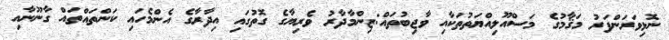
ނޮޅިވަރަންފަރު މަޤާމުގެ މަސްއޫލިއްޔަތުތަކާއި ވާޖިބުތައް:ޒިންމާދާރު ވެރިޔާގެ ގޮތުގައި އިދާރާގެ އެންމެހައި ކަންތައްތައް ގާނޫނާއި